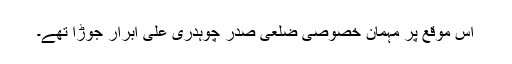
اس موقع پر مہمان خصوصی ضلعی صدر چوہدری علی ابرار جوڑا تھے۔